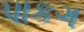
પાકગ